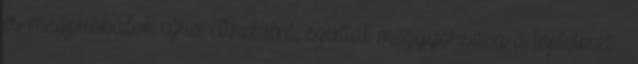
és megpróbálok újra elindulni, ezúttal meggyorsítva a lépteimet –